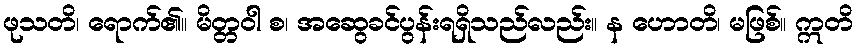
ဖုသတိ၊ ရောက်၏။ မိတ္တဝါ စ၊ အဆွေခင်ပွန်းရရှိသည်လည်း။ န ဟောတိ၊ မဖြစ်။ ဣတိ